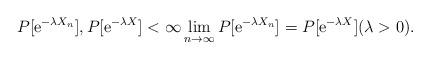
LaTeX: \begin{align*}P[\mathrm{e}^{-\lambda X_n}], P[\mathrm{e}^{-\lambda X}] < \infty \lim_{n \to \infty}P[\mathrm{e}^{-\lambda X_n}] = P[\mathrm{e}^{-\lambda X}] (\lambda > 0). \end{align*}